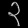
Digit: ၃